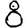
Digit: 8